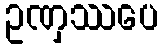
ဥဏှဿပေ